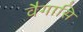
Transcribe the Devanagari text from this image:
वैगासि